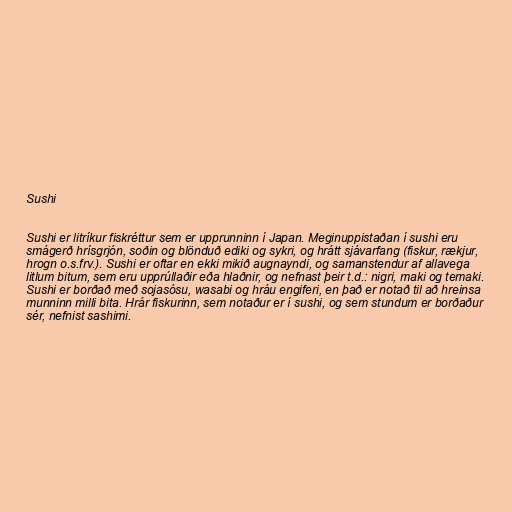
Sushi

Sushi er litríkur fiskréttur sem er upprunninn í Japan. Meginuppistaðan í sushi eru
smágerð hrísgrjón, soðin og blönduð ediki og sykri, og hrátt sjávarfang (fiskur, rækjur,
hrogn o.s.frv.). Sushi er oftar en ekki mikið augnayndi, og samanstendur af allavega
litlum bitum, sem eru upprúllaðir eða hlaðnir, og nefnast þeir t.d.: nigri, maki og temaki.
Sushi er borðað með sojasósu, wasabi og hráu engiferi, en það er notað til að hreinsa
munninn milli bita. Hrár fiskurinn, sem notaður er í sushi, og sem stundum er borðaður
sér, nefnist sashimi.